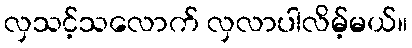
လှသင့်သလောက် လှလာပါလိမ့်မယ်။